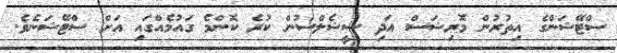
ސްޓޭޝަންގެ އިތުރުން މޮރިޝަސް އަދި ސީޝެލްސުން ކުރެ ކޮންމެ ގައުމެއްގައި އަށް ސްޓޭޝަނެވެ.